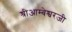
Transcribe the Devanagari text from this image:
श्रीआम्बेश्वरजी